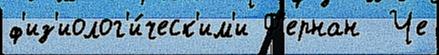
ф'из'иолог'и́ческ'им'и Ф'ернан  Че